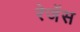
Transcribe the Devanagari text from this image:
रेजेंस